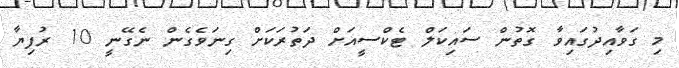
މި ގަވާއިދުގައިވާ ގޮތުން ސައިކަލް ޓެކްސީއަށް ދަތުރަކަށް ގިނަވެގެން ނެގޭނީ 10 ރުފިޔާ